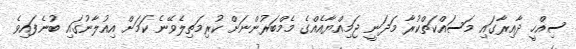
ސިއްހީ ދާއިރާގައި މަސައްކަތްކުރާ މަދަނީ ޖަމިއްޔާއެއްގެ މެމްބަރުންނަށް ކުރިމަތިލެވޭނެ ކަމަށް އިއުލާނުގައި ބުނެފައިވެ